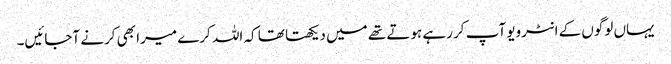
یہاں لوگوں کے انٹرویو آپ کر رہے ہوتے تھے میں دیکھتا تھا کہ اللہ کرے میرا بھی کرنے آجائیں۔